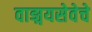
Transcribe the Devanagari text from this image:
वाङ्मयसेवेचे